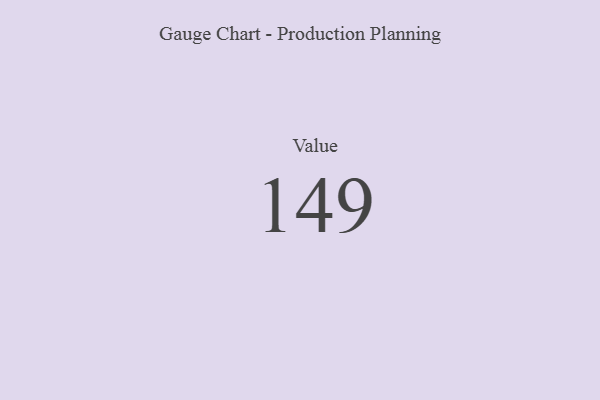
{"axis": {"x": "Metric", "y": "Value"}, "legend": [""], "data": [{"x": "Value", "y": 149, "type": ""}]}